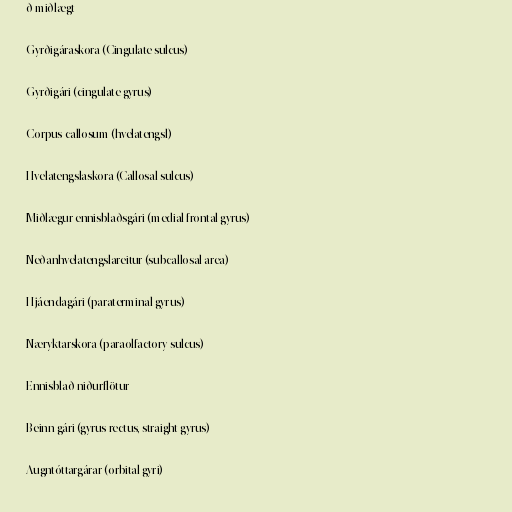
ð miðlægt

Gyrðigáraskora (Cingulate sulcus)

Gyrðigári (cingulate gyrus)

Corpus callosum (hvelatengsl)

Hvelatengslaskora (Callosal sulcus)

Miðlægur ennisblaðsgári (medial frontal gyrus)

Neðanhvelatengslareitur (subcallosal area)

Hjáendagári (paraterminal gyrus)

Næryktarskora (paraolfactory sulcus)

Ennisblað niðurflötur

Beinn gári (gyrus rectus, straight gyrus)

Augntóttargárar (orbital gyri)